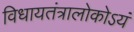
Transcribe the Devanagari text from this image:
विधायतंत्रालोकोऽयं